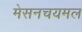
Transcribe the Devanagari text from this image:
मेसनचयमल